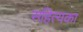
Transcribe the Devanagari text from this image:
सहित्यका